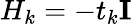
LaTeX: H_{k}=-t_{k}\mathbf{I}